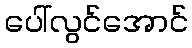
ပေါ်လွင်အောင်